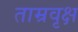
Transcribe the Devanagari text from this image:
ताम्रवृक्ष